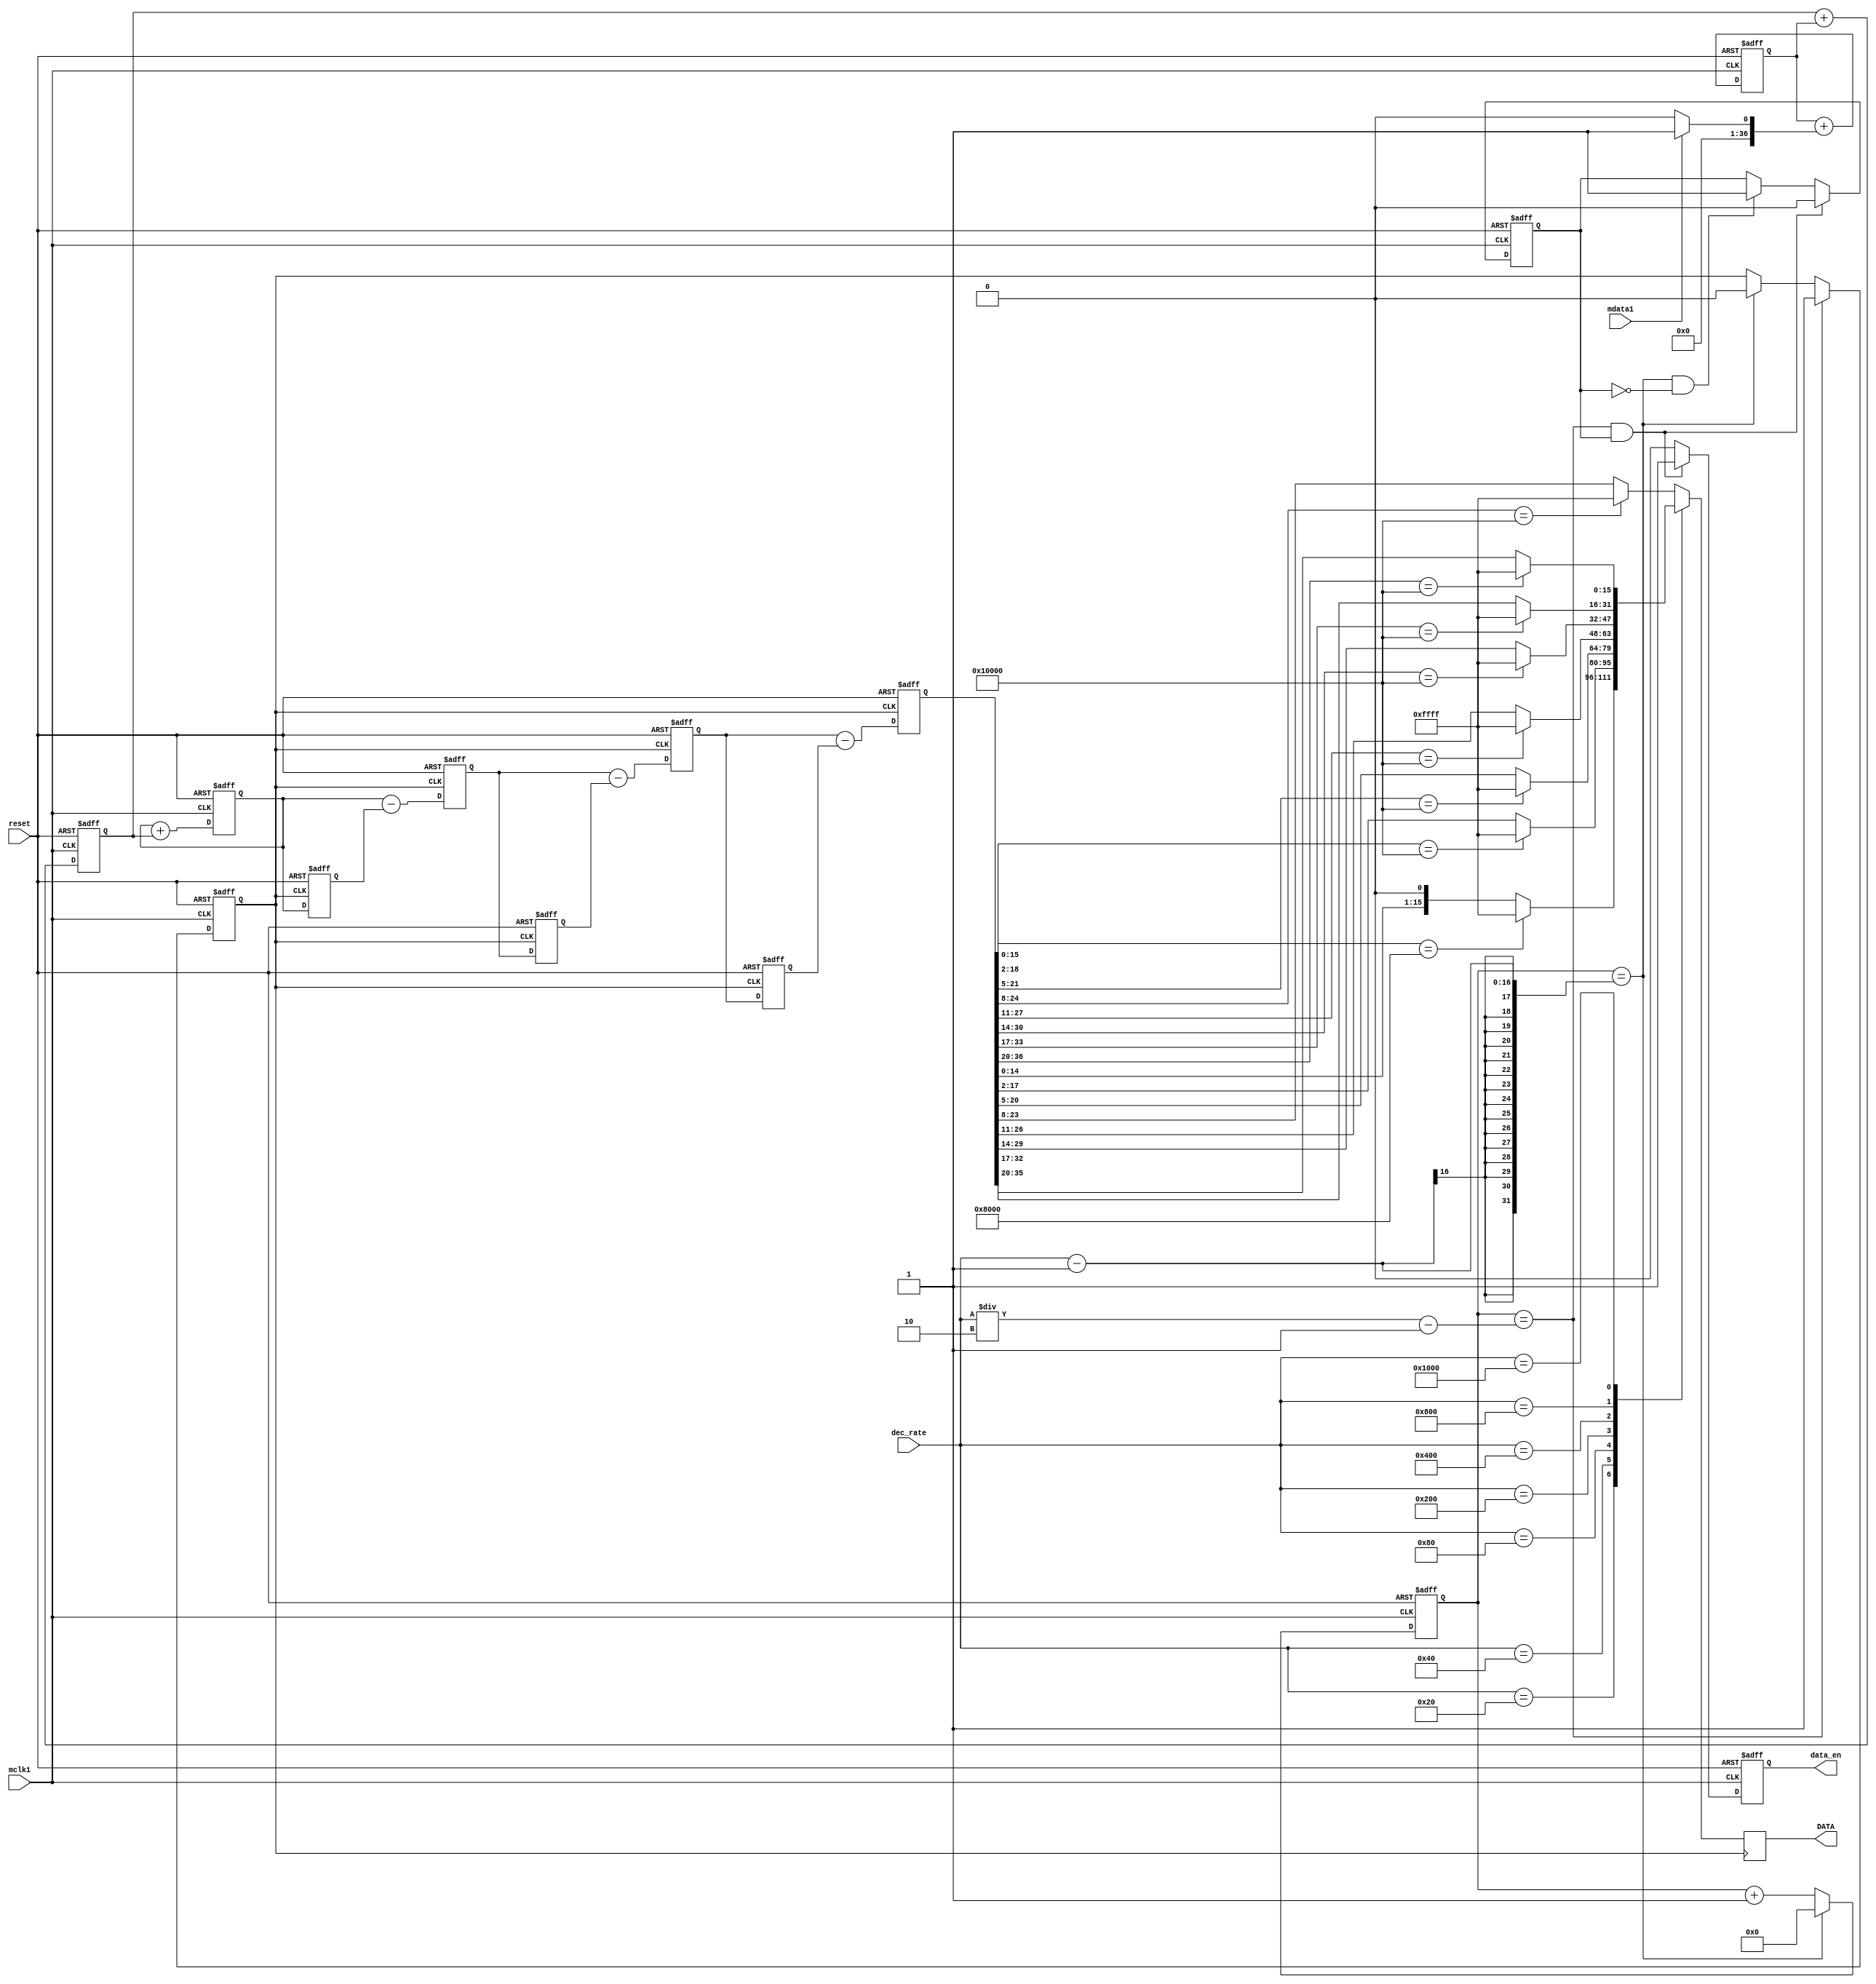
`timescale 1ns / 1ps
//////////////////////////////////////////////////////////////////////////////////
// Company: 
// Engineer: 
// 
// Design Name: 
// Module Name: movingAverage
// Project Name: 
// Target Devices: 
// Tool Versions: 
// Description: 
// 
// Dependencies: 
// 
// Revision:
// Revision 0.01 - File Created
// Additional Comments:
// 
//////////////////////////////////////////////////////////////////////////////////


module dec256sinc24b(
input mclk1, /* used to clk filter */
input reset, /* used to reset filter */
input mdata1, /* input data to be filtered*/
output reg [15:0] DATA, /* filtered output*/
output reg data_en,
input [15:0] dec_rate
);
/* Data is read on positive clk edge */
reg [36:0] ip_data1;
reg [36:0] acc1;
reg [36:0] acc2;
reg [36:0] acc3;
reg [36:0] acc3_d2;
reg [36:0] diff1;
reg [36:0] diff2;
reg [36:0] diff3;
reg [36:0] diff1_d;
reg [36:0] diff2_d;
reg [15:0] word_count;
reg word_clk;
reg enable;

/*Perform the Sinc action*/
always @ (mdata1)

	if(mdata1==0)
		ip_data1 <= 37'd0;
	/* change 0 to a -1 for twos complement */
	else
		ip_data1 <= 37'd1;
/*Accumulator (Integrator)
Perform the accumulation (IIR) at the speed
of the modulator.
Z = one sample delay MCLKOUT = modulators
conversion bit rate */

always @ (negedge mclk1, posedge reset)
begin
	if (reset)
		begin
		/* initialize acc registers on reset*/
		acc1 <= 37'd0;
		acc2 <= 37'd0;
		acc3 <= 37'd0;
		end
	else
		begin
		/*perform accumulation process */
		acc1 <= acc1 + ip_data1;
		acc2 <= acc2 + acc1;
		acc3 <= acc3 + acc2;
		end
end
/*decimation stage (MCLKOUT/WORD_CLK) */

always @ (posedge mclk1, posedge reset)
begin
	if (reset)
		word_count <= 16'd0;
	else
		begin
		if ( word_count == dec_rate -1 )
			word_count <= 16'd0;
		else
			word_count <= word_count + 16'b1;
		end
end

always @ ( posedge mclk1, posedge reset )
begin
	if ( reset )
		word_clk <= 1'b0;
	else
		begin
			if ( word_count == dec_rate/2 -1 )
				word_clk <= 1'b1;
			else if ( word_count ==	dec_rate - 1 )
				word_clk <= 1'b0;
		end
end
/*Differentiator (including decimation stage)
Perform the differentiation stage (FIR) at a
lower speed. 
Z = one sample delay WORD_CLK = output word rate */

always @ (posedge word_clk, posedge reset)
begin
	if(reset)
		begin
		acc3_d2 <= 37'd0;
		diff1_d <= 37'd0;
		diff2_d <= 37'd0;
		diff1 <= 37'd0;
		diff2 <= 37'd0;
		diff3 <= 37'd0;
		end
	else
		begin
		diff1 <= acc3 - acc3_d2;
		diff2 <= diff1 - diff1_d;
		diff3 <= diff2 - diff2_d;
		acc3_d2 <= acc3;
		diff1_d <= diff1;
		diff2_d <= diff2;
		end
end
/* Clock the Sinc output into an output
register
WORD_CLK = output word rate */

always @ ( posedge word_clk )
begin
	case ( dec_rate )
	16'd32:begin
	DATA <= (diff3[15:0] == 16'h8000) ? 16'hFFFF : {diff3[14:0], 1'b0};
	end
	16'd64:begin
	DATA <= (diff3[18:2] == 17'h10000) ? 16'hFFFF : diff3[17:2];
	end
	16'd128:begin
	DATA <= (diff3[21:5] == 17'h10000) ? 16'hFFFF : diff3[20:5];
	end
	16'd256:begin
	DATA <= (diff3[24:8] == 17'h10000) ? 16'hFFFF : diff3[23:8];
	end
	16'd512:begin
	DATA <= (diff3[27:11] == 17'h10000) ? 16'hFFFF : diff3[26:11];
	end
	16'd1024:begin
	DATA <= (diff3[30:14] == 17'h10000) ? 16'hFFFF : diff3[29:14];
	end
	16'd2048:begin
	DATA <= (diff3[33:17] == 17'h10000) ? 16'hFFFF : diff3[32:17];
	end
	16'd4096:begin
	DATA <= (diff3[36:20] == 17'h10000) ? 16'hFFFF : diff3[35:20];
	end

	default:begin
	DATA <= (diff3[24:8] == 17'h10000) ? 16'hFFFF : diff3[23:8];
	end

	endcase
end

/* Synchronize Data Output*/

always@ ( posedge mclk1, posedge reset )
begin
	if ( reset )
		begin
		data_en <= 1'b0;
		enable <= 1'b1;
		end
	else
	begin
	if ( (word_count == dec_rate/2- 1) && enable )
		begin
		data_en <= 1'b1;
		enable <= 1'b0;
		end
	else if ( (word_count == dec_rate - 1) && ~enable )
		begin
		data_en <= 1'b0;
		enable <= 1'b1;
		end
	else
	data_en <= 1'b0;
	end
end


endmodule